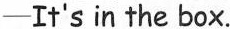
—It's in the box.